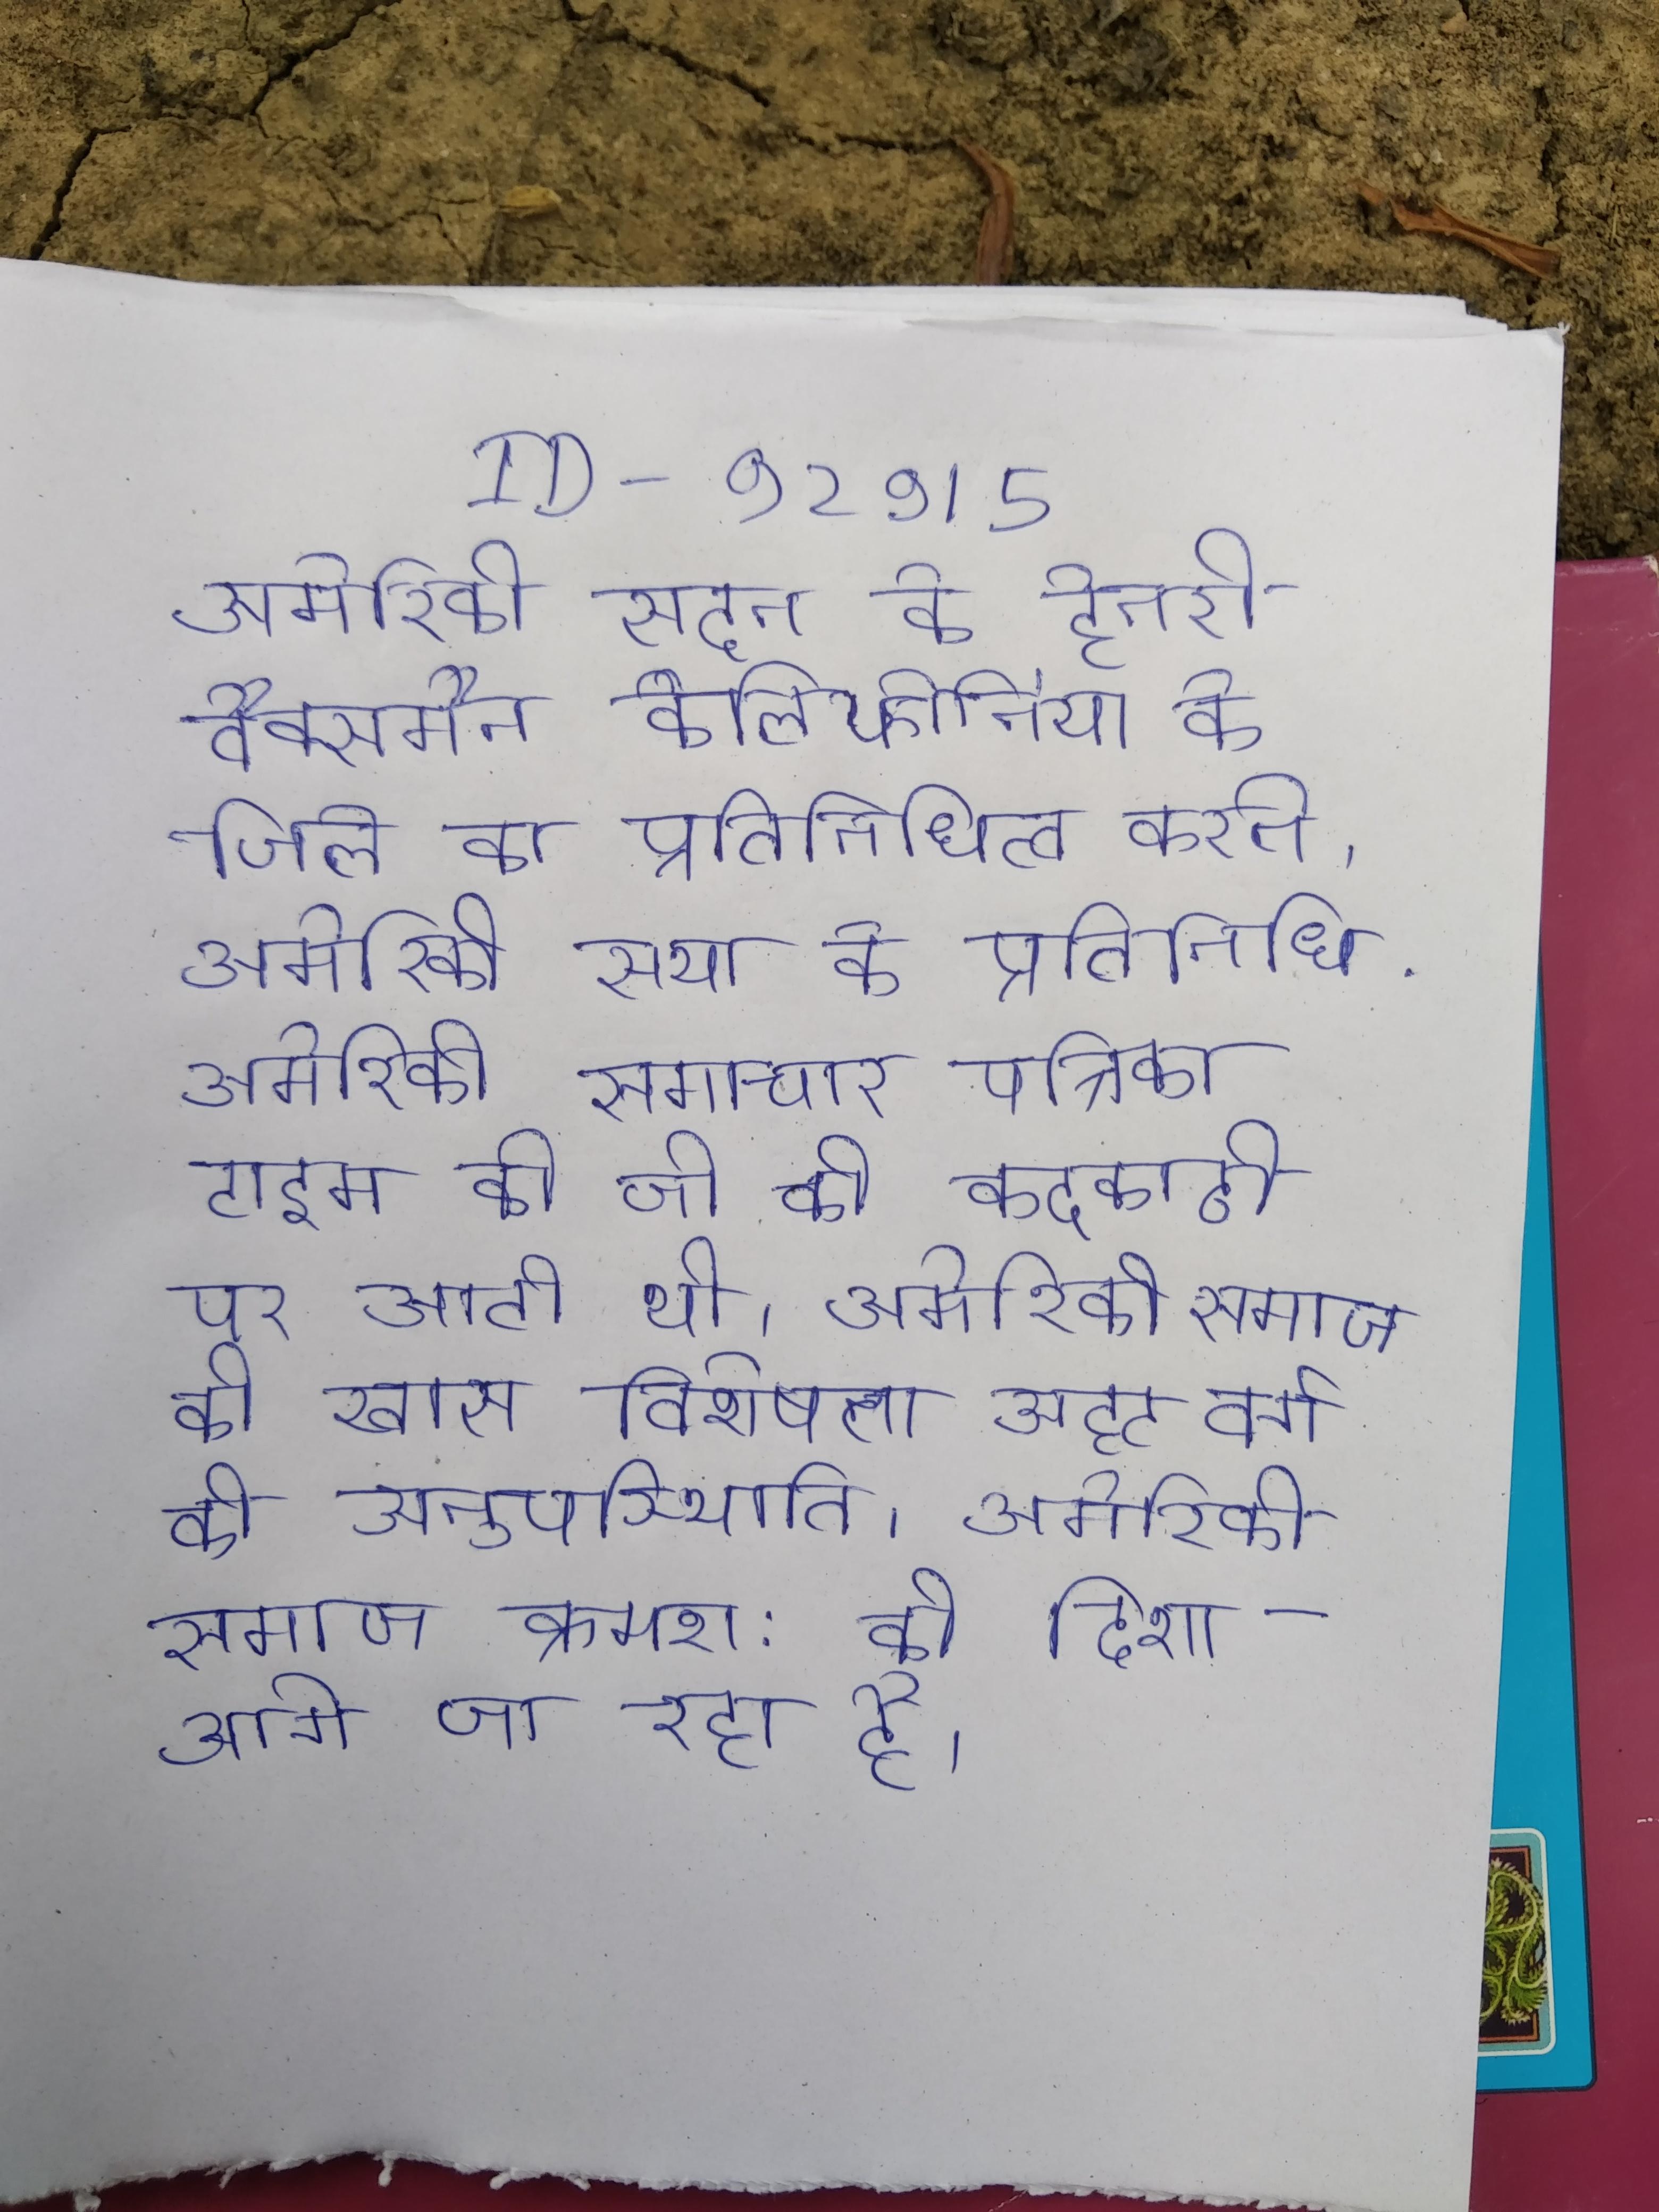
अमेरिकी सदन के हेनरी वैक्समैन कैलिफोर्निया के जिले का प्रतिनिधित्व करते । अमेरिकी सभा के प्रतिनिधि . अमेरिकी समाचार पत्रिका टाइम को जी की कदकाठी पर आती थी । अमेरिकी समाज की खास विशेषता अटूट वर्ग की अनुपस्थिति । अमेरिकी समाज क्रमश: की दिशा आगे जा रहा है ।